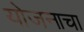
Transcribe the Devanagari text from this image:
योजनाचा